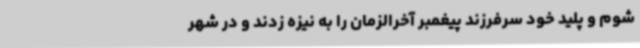
شوم و پلید خود سرفرزند پیغمبر آخرالزمان را به نیزه زدند و در شهر